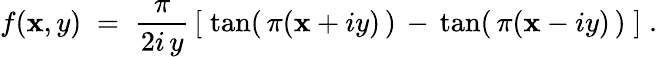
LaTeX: f(\mathbf{x},y)\; =\; \frac{{\pi}}{{2i\, y}}\, \left[\; \tan(\, \pi(\mathbf{x}+iy)\, )\, -\, \tan(\, \pi(\mathbf{x}-iy)\, )\; \right]\; .